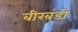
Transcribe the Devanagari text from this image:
बीरबंडी